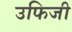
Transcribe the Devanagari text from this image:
उफिजी